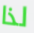
لذا